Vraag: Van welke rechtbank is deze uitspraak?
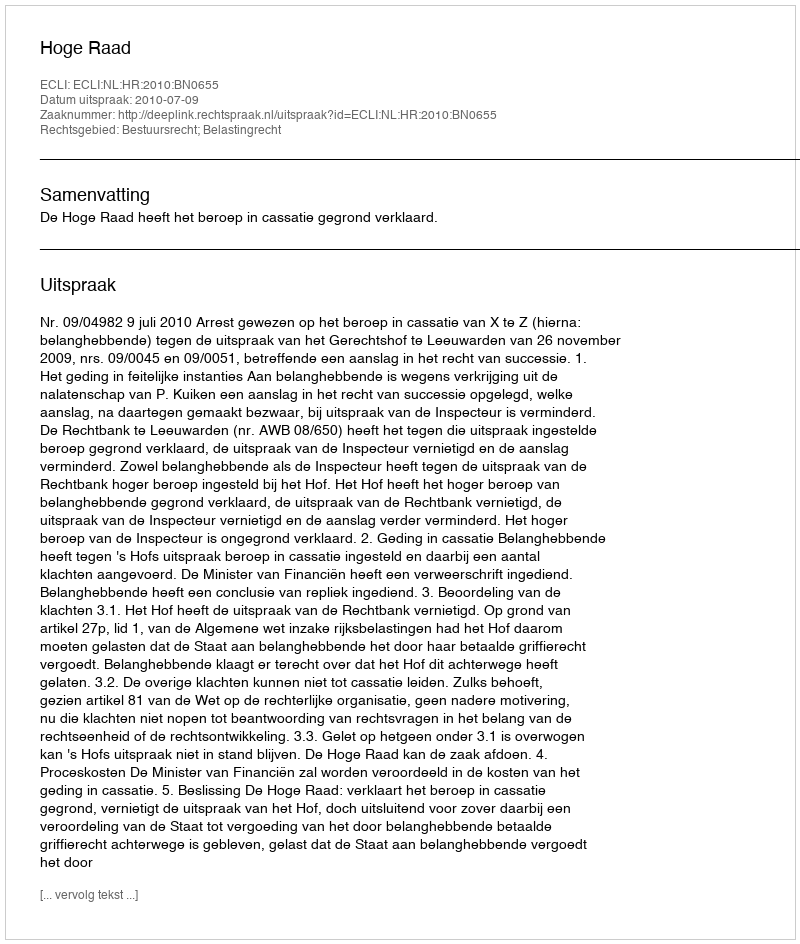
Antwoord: Hoge Raad